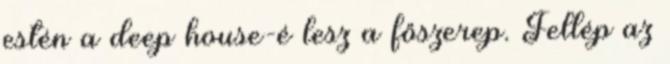
estén a deep house-é lesz a főszerep. Fellép az